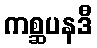
ကစ္ဆပနဒီ